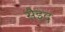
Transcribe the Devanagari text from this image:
सैइद